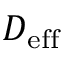
D _ { \mathrm { e f f } }